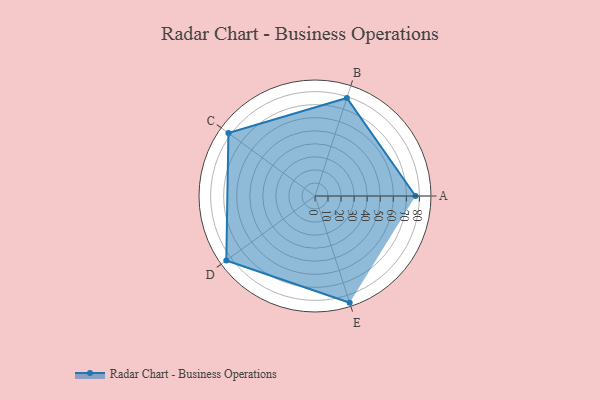
{"axis": {"x": "Skill", "y": "Score"}, "legend": ["Profile"], "data": [{"x": "A", "y": 77.0, "type": "Profile"}, {"x": "B", "y": 79.0, "type": "Profile"}, {"x": "C", "y": 82.0, "type": "Profile"}, {"x": "D", "y": 84.0, "type": "Profile"}, {"x": "E", "y": 86.0, "type": "Profile"}]}